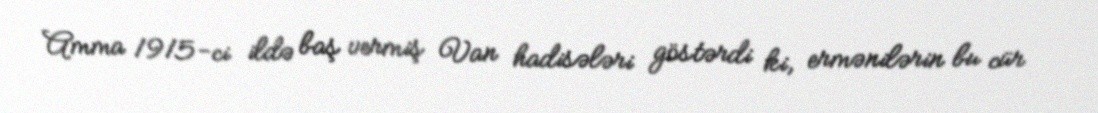
Amma 1915-ci ildə baş vermiş Van hadisələri göstərdi ki, ermənilərin bu cür